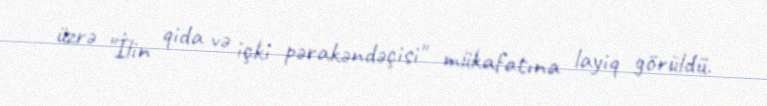
üzrə "İlin qida və içki pərakəndəçisi" mükafatına layiq görüldü.